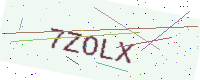
Text: 7ZOLX